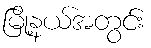
မြို့နယ်အတွင်း